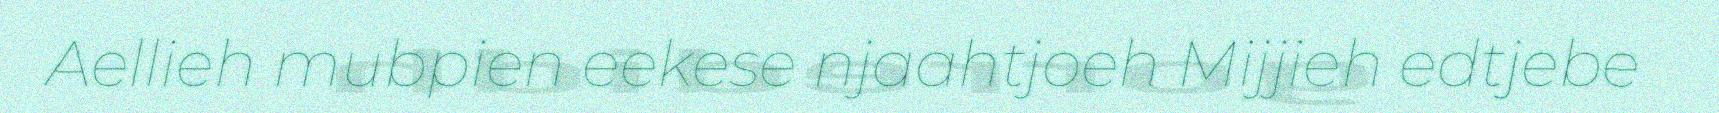
Aellieh mubpien eekese njaahtjoeh Mijjieh edtjebe